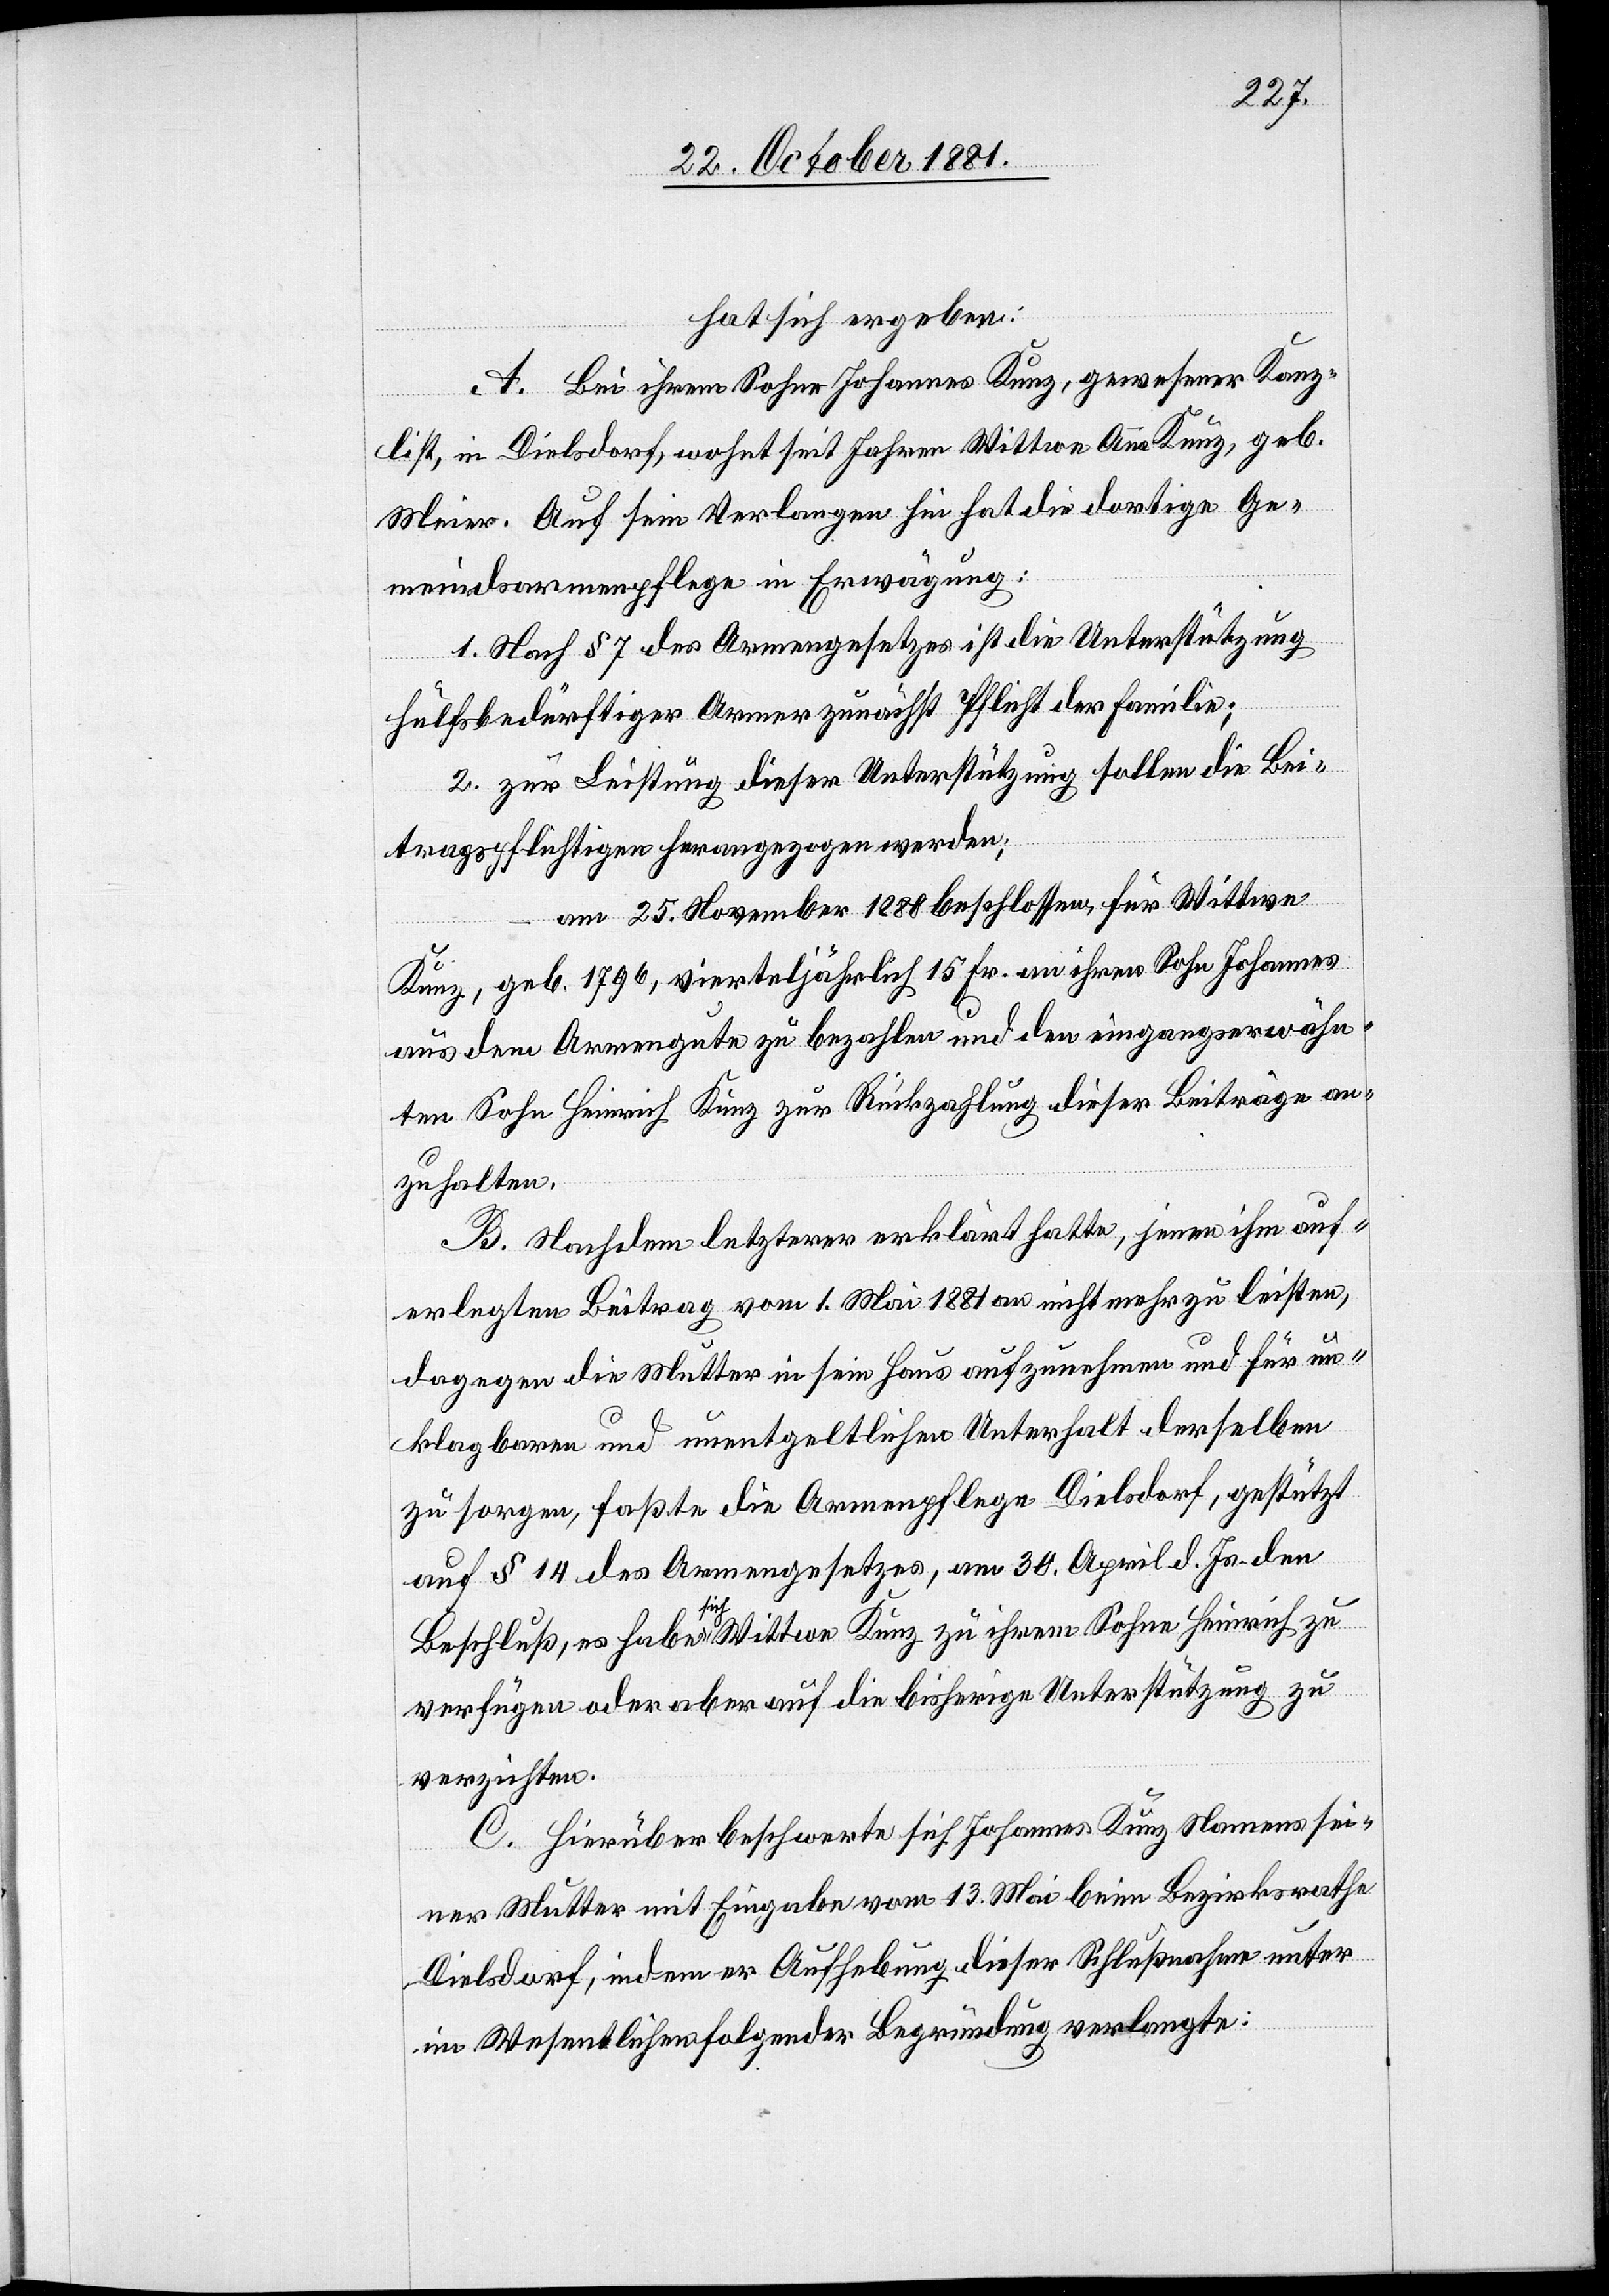
hat sich ergeben:
A. Bei ihrem Sohne Johannes Kunz, gewesener Kanz¬
list, in Dielsdorf, wohnt seit Jahren Wittwe Anna Kunz, geb.
Meier. Auf sein Verlangen hin hat die dortige Ge¬
meindsarmenpflege in Erwägung:
1. Nach § 7 des Armengesetzes ist die Unterstützung
hülfsbedürftiger Armer zunächst Pflicht der Familie;
2. zur Leistung dieser Unterstützung sollen die Bei¬
tragspflichtigen herangezogen werden;
am 25. November 1880 beschlossen, für Wittwe
Kunz, geb. 1796, vierteljährlich 15 Fr. an ihren Sohn Johannes
aus dem Armengute zu bezahlen und den eingangserwähn¬
ten Sohn Heinrich Kunz zur Rückzahlung dieser Beiträge an¬
zuhalten.
B. Nachdem letzterer erklärt hatte, jenen ihm auf¬
erlegten Beitrag vom 1. Mai 1881 an nicht mehr zu leisten,
dagegen die Mutter in sein Haus aufzunehmen und für un¬
klagbaren und unentgeltlichen Unterhalt derselben
zu sorgen, faßte die Armenpflege Dielsdorf, gestützt
auf § 14 des Armengesetztes, am 30. April d. Js. den
Beschluß, es habe sich Wittwe Kunz zu ihrem Sohn Heinrich zu
verfügen oder aber auf die bisherige Unterstützung zu
verzichten.
C. Hierüber beschwerte sich Johannes Kunz Namens sei¬
ner Mutter mit Eingabe vom 13. Mai beim Bezirksrathe
Dielsdorf, indem er Aufhebung dieser Schlußnahme unter
im Wesentlichen folgender Begründung verlangte: